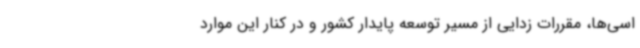
اسی‌ها، مقررات زدایی از مسیر توسعه پایدار کشور و در کنار این موارد